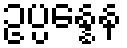
ဥပ္ပန္နေန